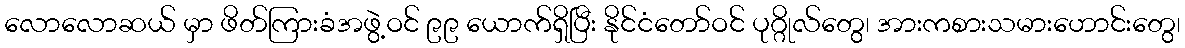
လောလောဆယ် မှာ ဖိတ်ကြားခံအဖွဲ့ဝင် ၉၉ ယောက်ရှိပြီး နိုင်ငံတော်ဝင် ပုဂ္ဂိုလ်တွေ၊ အားကစားသမားဟောင်းတွေ၊